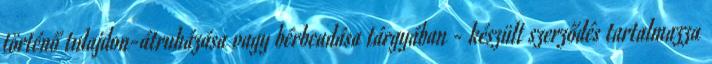
történő tulajdon-átruházása vagy bérbeadása tárgyában - készült szerződés tartalmazza